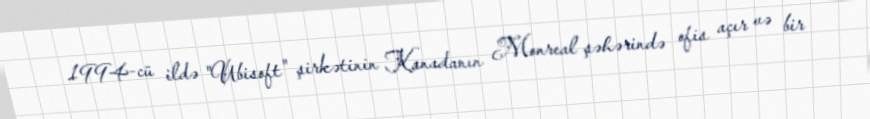
1994-cü ildə "Ubisoft" şirkətinin Kanadanın Monreal şəhərində ofis açır və bir